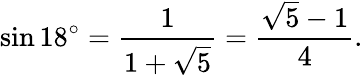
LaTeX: \sin 18^{\circ}={\frac{1}{1+{\sqrt{5}}}}={\frac{{\sqrt{5}}-1}{4}}.